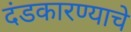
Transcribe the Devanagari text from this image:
दंडकारण्याचे